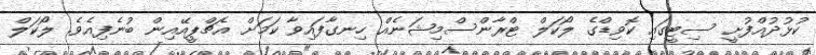
ކުޅުދުއްފުށީ ސިޓީގައި ކޮވިޑްގެ ލޯކަލް ޓްރާންސްމިޝަނެއް ހިނގާފައިވާ ކަމަށް އެޗްޕީއޭއިން ބުނެފިއެވެ. ލޯކަލް